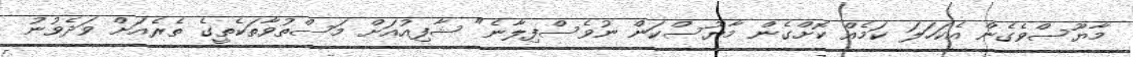
މާޔޫސްވެގެން އެކަހަލަ ކަމެއް ކޮށްގެން މާޔޫސްކަން ނުވެސްފިލާނެ" ޝާފިއުއަށް މަސްތުވާތަކެތީގެ ތެރެއަށް ވަދެވުނު